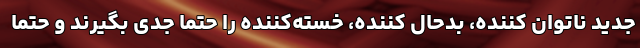
جدید ناتوان کننده، بدحال کننده، خسته‌کننده را حتما جدی بگیرند و حتما